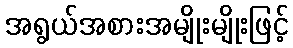
အရွယ်အစားအမျိုးမျိုးဖြင့်